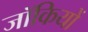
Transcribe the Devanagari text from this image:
जॉकियों